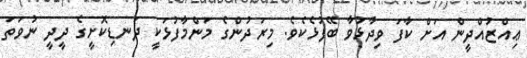
ޢިއްޒުއްދީން އަށް ކާފަ ވިދާޅުވާ ބޭފުޅެކެވެ. މިރަދުންގެ މަންމާފުޅަކީ ދަނޑިކޮށީގެ ދީދީ ނުވަތަ